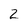
Character: 2